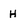
Character: H